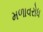
મળાવરોધ